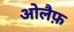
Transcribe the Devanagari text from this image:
ओलैफ़